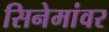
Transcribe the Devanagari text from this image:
सिनेमांवर